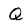
Character: Q